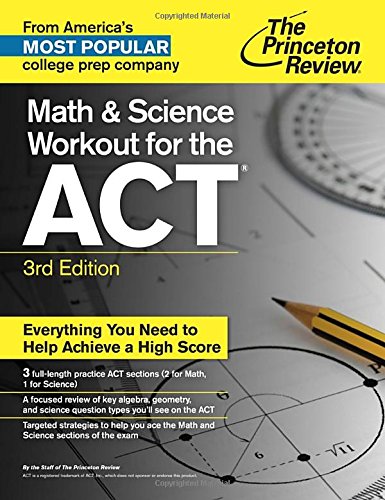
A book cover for Math and Science Workout for the ACT, 3rd Edition (College Test Preparation); Princeton Review; Test Preparation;